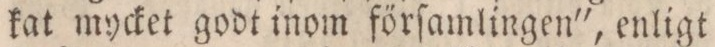
kat mycket godt inom förſamlingen', enligt